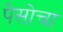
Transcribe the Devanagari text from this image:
पेसोचा